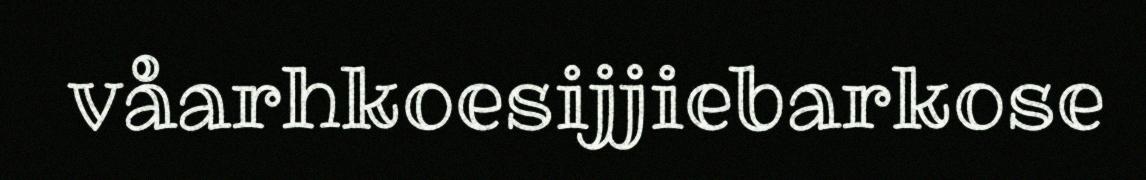
våarhkoesijjiebarkose